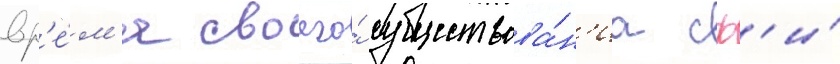
вр'е́м'я своего́ существова́н'иа сф'и́